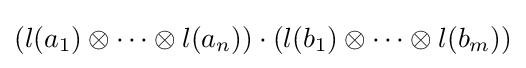
(l(a_{1})\otimes \cdots \otimes l(a_{n}))\cdot (l(b_{1})\otimes \cdots \otimes l(b_{m}))